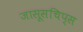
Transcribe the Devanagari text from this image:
जासूसचिप्स